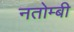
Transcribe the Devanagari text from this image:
नतोम्बी